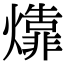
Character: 㸆